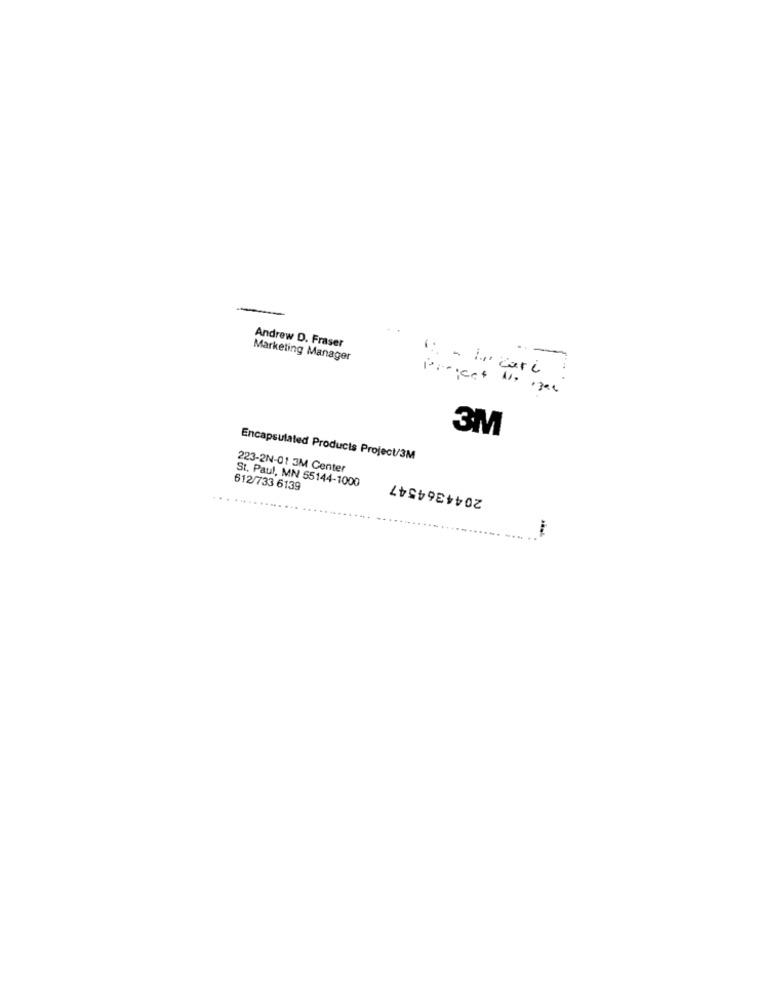
Andrew D. Fraser
Marketing Manager
3M
Encapsulated Products Project/3M
223-2N-01 3M Center
St. Paul, MN 55144-1000
2044364547
612/733 6139